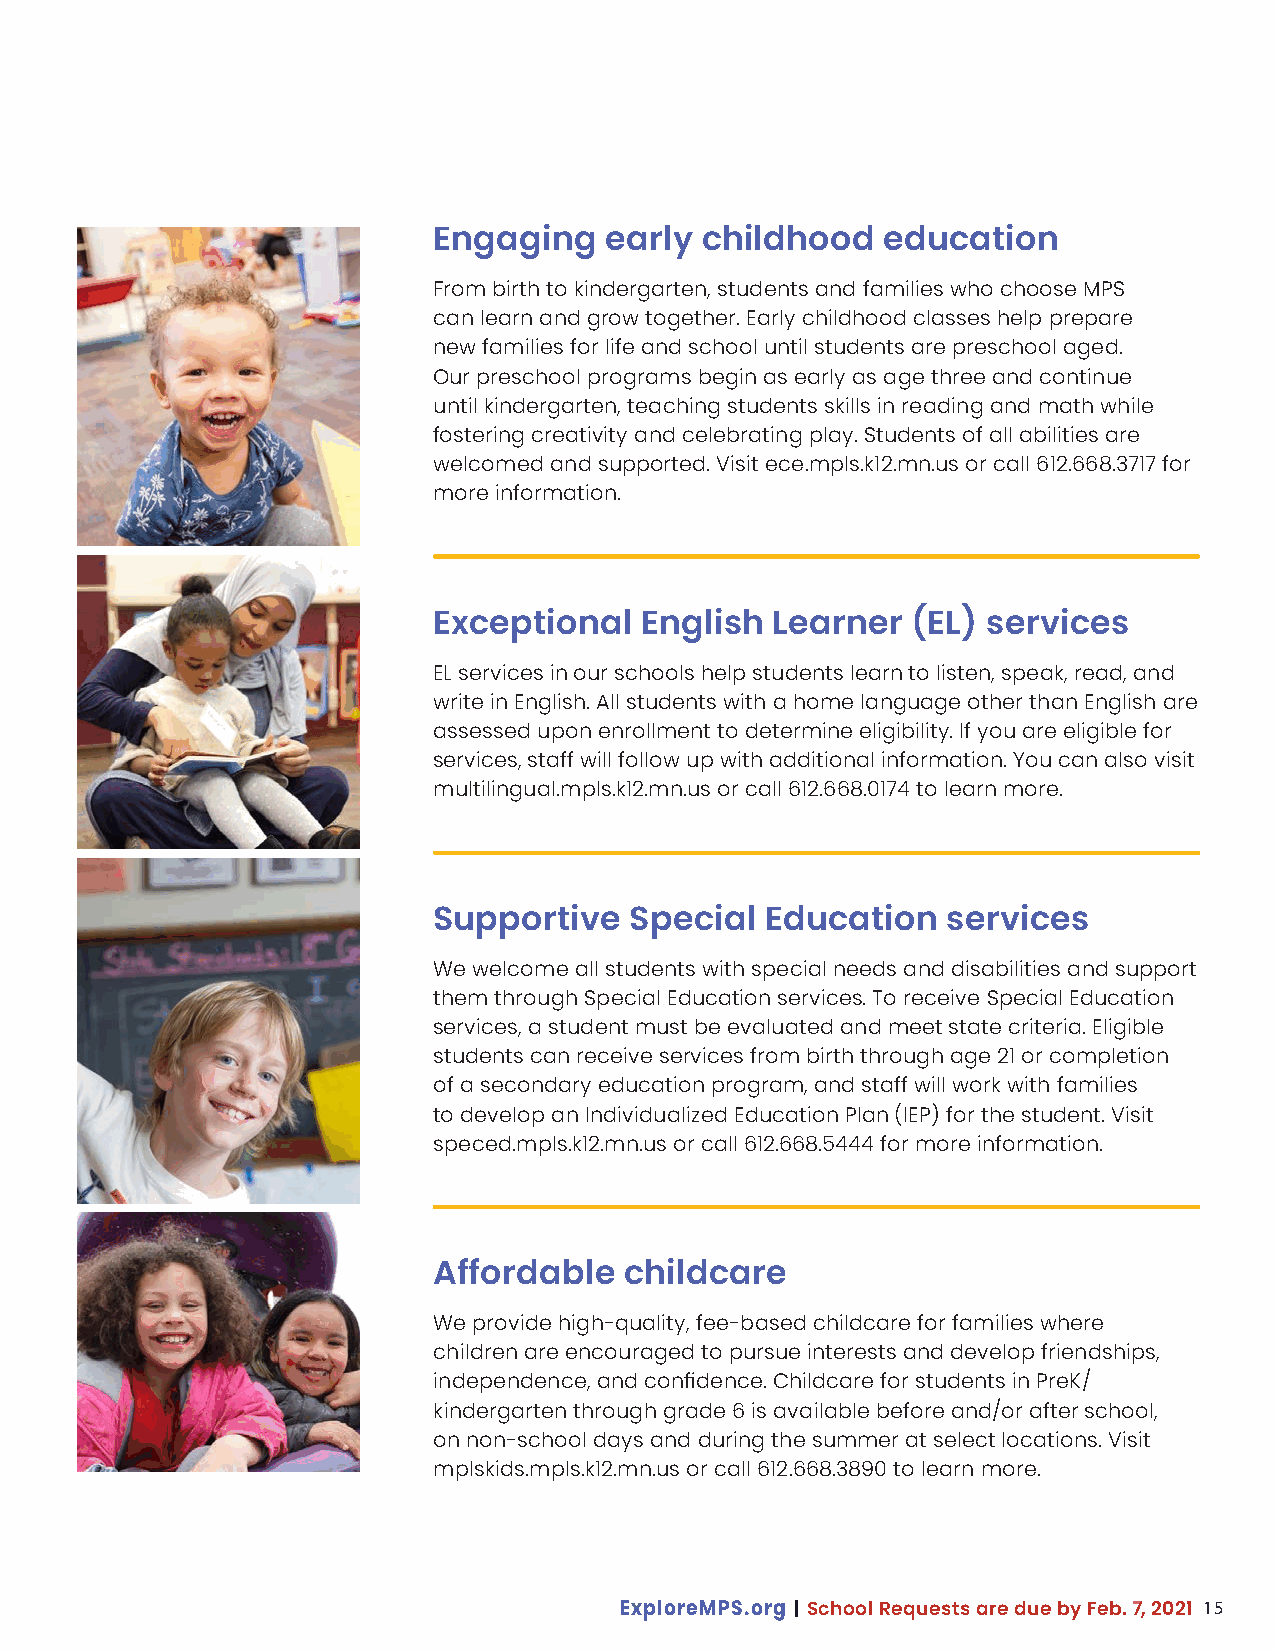
Engaging   early childhood   education
 From birth to kindergarten, students and families who choose MPS
 can learn and grow together. Early childhood classes help prepare
 new families for life and school until students are preschool aged.
 Our preschool programs begin as early as age three and continue
 until kindergarten, teaching students skills in reading and math while
 fostering creativity and celebrating play. Students of all abilities are
 welcomed and supported. Visit ece.mpls.k12.mn.us or call 612.668.3717 for
 more information.
 Exceptional  English  Learner  (EL) services
 EL services in our schools help students learn to listen, speak, read, and
 write in English. All students with a home language other than English are
 assessed upon enrollment to determine eligibility. If you are eligible for
 services, staff will follow up with additional information. You can also visit
 multilingual.mpls.k12.mn.us or call 612.668.0174 to learn more.
 Supportive   Special  Education   services
 We welcome all students with special needs and disabilities and support
 them through Special Education services. To receive Special Education
 services, a student must be evaluated and meet state criteria. Eligible
 students can receive services from birth through age 21 or completion
 of a secondary education program, and staff will work with families
 to develop an Individualized Education Plan (IEP) for the student. Visit
 speced.mpls.k12.mn.us or call 612.668.5444 for more information.
 Affordable  childcare
 We provide high-quality, fee-based childcare for families where
 children are encouraged to pursue interests and develop friendships,
 independence, and confidence. Childcare for students in PreK/
 kindergarten through grade 6 is available before and/or after school,
 on non-school days and during the summer at select locations. Visit
 mplskids.mpls.k12.mn.us or call 612.668.3890 to learn more.
 15
 ExploreMPS.org | School Requests are due by Feb. 7, 2021